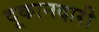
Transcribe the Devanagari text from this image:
दूकानदारी